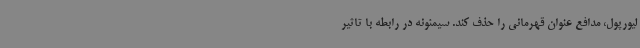
لیورپول‌، مدافع عنوان قهرمانی را حذف کند. سیمئونه در رابطه با تاثیر